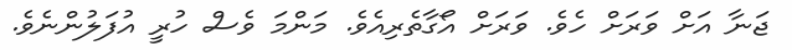
ޖަނާ އަށް ވަރަށް ހެވެ. ވަރަށް އޯގާތެރިއެވެ. މަންމަ ވެސް ހުރީ އުފަލުންނެވެ.